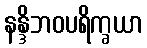
နန္ဒိဘဝပရိက္ခယာ